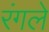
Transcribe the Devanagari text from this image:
रंगले